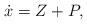
LaTeX: \begin{align*}\dot x=Z+P,\end{align*}